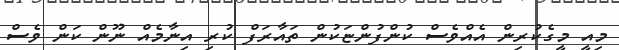
މިއީ މީގެކުރިން އެއްވެސް ކުންފުންޏަކުން ތައާރަފް ކުރި އިނާމެއް ނޫން ކަން ވެސް